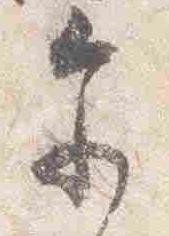
参